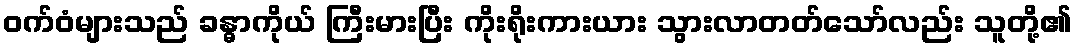
ဝက်ဝံများသည် ခန္ဓာကိုယ် ကြီးမားပြီး ကိုးရိုးကားယား သွားလာတတ်သော်လည်း သူတို့၏